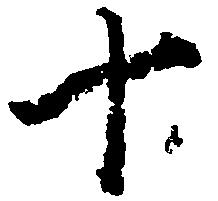
十